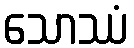
သောဿံ